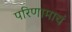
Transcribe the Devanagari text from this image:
परिणामाचं